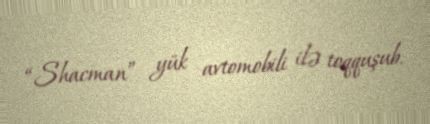
“Shacman” yük avtomobili ilə toqquşub.